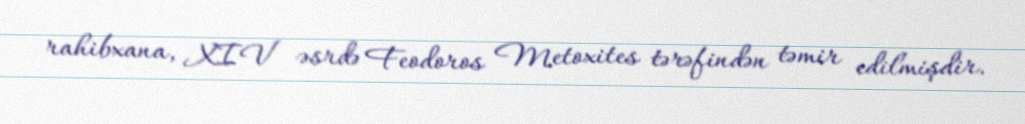
rahibxana, XIV əsrdə Feodoros Metoxites tərəfindən təmir edilmişdir.